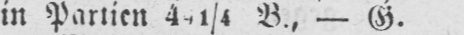
B., - G.